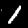
Label: 1